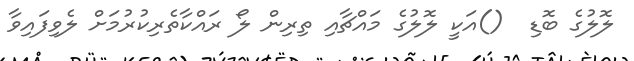
ލޮލުގެ ބޮޑި  ()އަކީ ލޮލުގެ މައްޗާއި ތިރިން ލޯ ރައްކާތެރިކުރުމަށް ލެވިފައިވާ